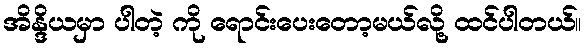
အိန္ဒိယမှာ ပါတဲ့ ကို ရောင်းပေးတော့မယ်လို့ ထင်ပါတယ်။